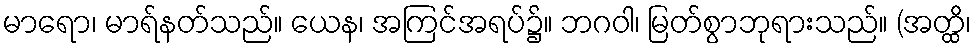
မာရော၊ မာရ်နတ်သည်။ ယေန၊ အကြင်အရပ်၌။ ဘဂဝါ၊ မြတ်စွာဘုရားသည်။ (အတ္ထိ၊